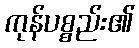
ကုန်ပစ္စည်း၏